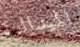
الميدالية